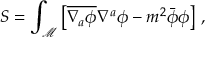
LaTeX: S = \int _ { \mathcal M } \left[ \overline { { { \nabla _ { a } \phi } } } \nabla ^ { a } \phi - m ^ { 2 } \bar { \phi } \phi \right] \, ,